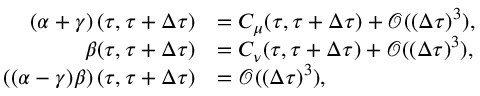
\begin{array} { r l } { \left( \alpha + \gamma \right) ( \tau , \tau + \Delta \tau ) } & { = C _ { \mu } ( \tau , \tau + \Delta \tau ) + \mathscr { O } ( ( \Delta \tau ) ^ { 3 } ) , } \\ { \beta ( \tau , \tau + \Delta \tau ) } & { = C _ { \nu } ( \tau , \tau + \Delta \tau ) + \mathscr { O } ( ( \Delta \tau ) ^ { 3 } ) , } \\ { \left( ( \alpha - \gamma ) \beta \right) ( \tau , \tau + \Delta \tau ) } & { = \mathscr { O } ( ( \Delta \tau ) ^ { 3 } ) , } \end{array}